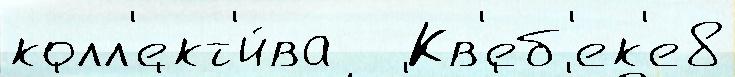
колл'ект'и́ва   Кв'еб'ек'е8